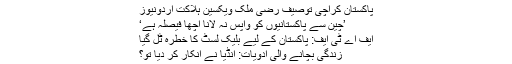
پاکستان کراچی توصیف رضی ملک ویکسین ہلاکت اردونیوز
’چین سے پاکستانیوں کو واپس نہ لانا اچھا فیصلہ ہے‘
ایف اے ٹی ایف: پاکستان کے لیے بلیک لسٹ کا خطرہ ٹل گیا
زندگی بچانے والی ادویات: انڈیا نے انکار کر دیا تو؟